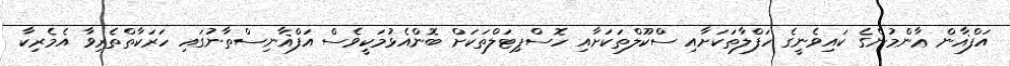
އަފްޣާން ޢާންމުންގެ ކައިވެނީގެ ހަފްލާތަކަށާއި ސްކޫލްތަކަށާއި ހޮސްޕިޓަލްތަކަށް ބޮންއެޅުމަކީވެސް އަފްޣާނިސްތާނުގައި ހަރަކާތްތެރިވާ އެމެރިކާ